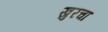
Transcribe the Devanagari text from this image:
खुरचा